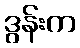
ဒွန်းက